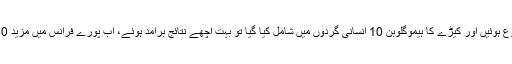
اس کے خون کی طبی آزمائشیں 2015 میں شروع ہوئیں اور کیڑے کا ہیموگلوبِن 10 انسانی گردوں میں شامل کیا گیا تو بہت اچھے نتائج برآمد ہوئے، اب پورے فرانس میں مزید 60 افراد پر اس کے مختلف ٹیسٹ کئے جائیں گے۔